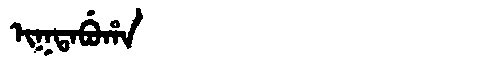
Manchu: ᡳᡴᡨᠠᠪᡠᡥᠠ
Romanization: IKTABUHA